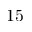
1 5